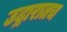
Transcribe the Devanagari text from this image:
उद्गारातच